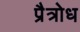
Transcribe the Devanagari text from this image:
प्रैत्रोध